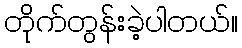
တိုက်တွန်းခဲ့ပါတယ်။